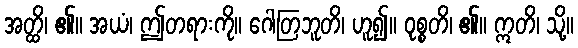
အတ္ထိ၊ ၏။ အယံ၊ ဤတရားကို။ ဂေါတြဘူတိ၊ ဟူ၍။ ဝုစ္စတိ၊ ၏။ ဣတိ၊ သို့။